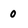
Character: 0